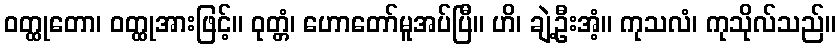
ဝတ္ထုတော၊ ဝတ္ထုအားဖြင့်။ ဝုတ္တံ၊ ဟောတော်မူအပ်ပြီ။ ဟိ၊ ချဲ့ဦးအံ့။ ကုသလံ၊ ကုသိုလ်သည်။